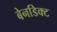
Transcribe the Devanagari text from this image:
बेनडिक्ट